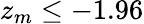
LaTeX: z_{m}\leq-1.96